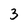
Character: 3